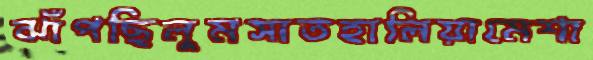
ঝাঁপছিলুমসাতহালিয়ামেশা